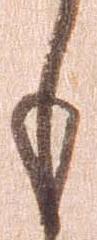
も